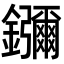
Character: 𬬠